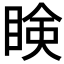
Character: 𥇥